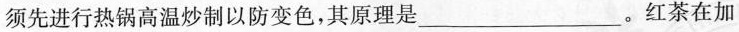
须先进行热锅高温炒制以防变色，其原理是___。红茶在加